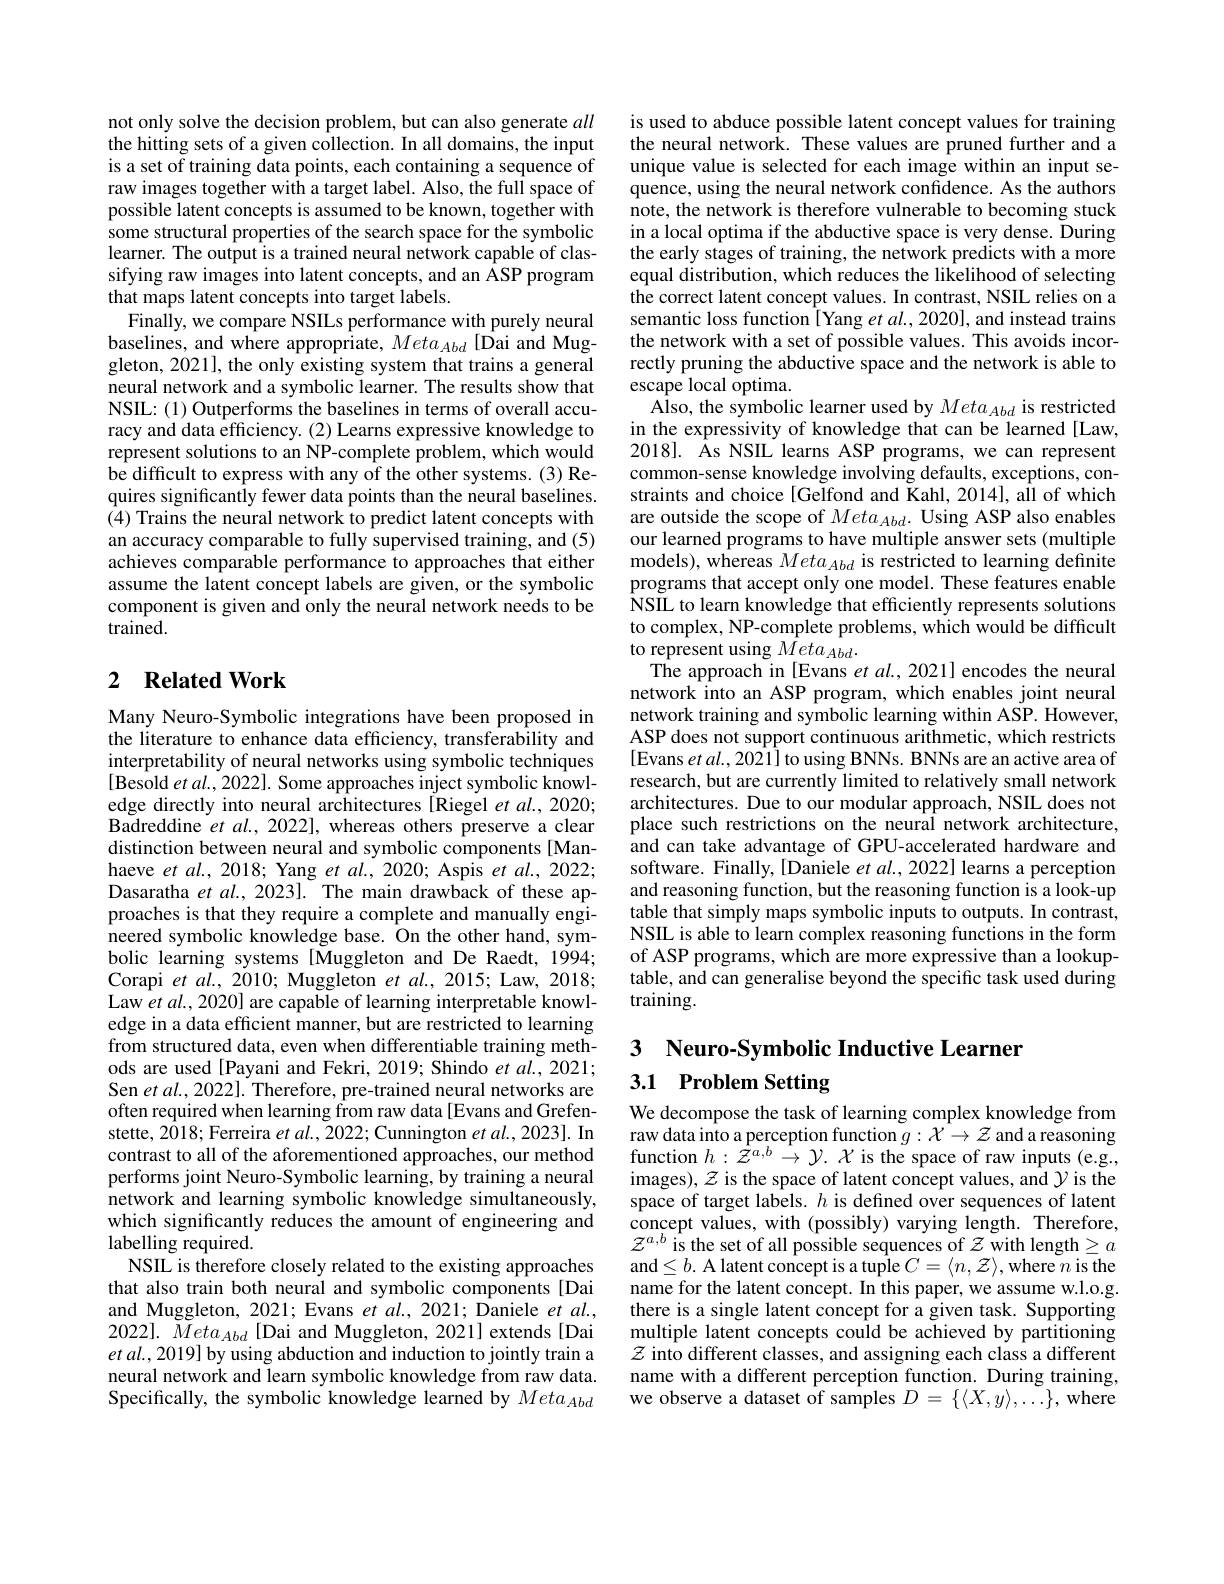
not only solve the decision problem, but can also generate all the hitting sets of a given collection. In all domains, the input is a set of training data points, each containing a sequence of raw images together with a target label. Also, the full space of possible latent concepts is assumed to be known, together with some structural properties of the search space for the symbolic learner. The output is a trained neural network capable of classifying raw images into latent concepts, and an ASP program that maps latent concepts into target labels.
Finally, we compare NSILs performance with purely neural baselines, and where appropriate, $Meta_{Abd}$ [Dai and Muggleton, 2021], the only existing system that trains a general neural network and a symbolic learner. The results show that NSIL: (1) Outperforms the baselines in terms of overall accuracy and data efficiency. (2) Learns expressive knowledge to represent solutions to an NP-complete problem, which would be difficult to express with any of the other systems. (3) Requires significantly fewer data points than the neural baselines. (4) Trains the neural network to predict latent concepts with an accuracy comparable to fully supervised training, and (5) achieves comparable performance to approaches that either assume the latent concept labels are given, or the symbolic component is given and only the neural network needs to be $trained.$

## 2 $\textbf{Related Work}$

Many Neuro-Symbolic integrations have been proposed in the literature to enhance data efficiency, transferability and interpretability of neural networks using symbolic techniques [Besold $etal.,2022].$ Some approaches inject symbolic knowledge directly into neural architectures [Riegel et al., 2020; ${\mathrm{Badreddine~}et~al.,~2022],~\mathrm{whereas~others~preserve~a~clear}}$ distinction between neural and symbolic components [Manhaeve $etal.,2018;$ Yang et $al.,2020;$ Aspis $etal.,2022;$ Dasaratha et $al.,2023].$ The main drawback of these approaches is that they require a complete and manually engineered symbolic knowledge base. On the other hand, symbolic learning systems[Muggleton and De Raedt, 1994; Corapi $et$ al., 2010; Muggleton et al., 2015; Law, 2018; Law et al., 2020] are capable of learning interpretable knowledge in a data efficient manner, but are restricted to learning from structured data, even when differentiable training methods are used [Payani and Fekri, 2019; Shindo et al., 2021; Sen $etal.,2022].$ Therefore, pre-trained neural networks are often required when learning from raw data[Evans and Grefenstette, 2018; Ferreira $et\textit{al. , 2022; Cunnington et al. , 2023}] .$ In contrast to all of the aforementioned approaches, our method performs joint Neuro-Symbolic learning, by training a neural network and learning symbolic knowledge simultaneously, which significantly reduces the amount of engineering and labelling required.
NSIL is therefore closely related to the existing approaches that also train both neural and symbolic components [Dai and Muggleton, 2021; Evans et al., 2021; Daniele et al., 2022]. $\tilde{M}eta_{Abd}$ [Dai and Muggleton, 2021] extends[Dai $etal.,2019]$ by using abduction and induction to jointly train a neural network and learn symbolic knowledge from raw data. Specifically, the symbolic knowledge learned by $Meta_{Abd}$

is used to abduce possible latent concept values for training the neural network. These values are pruned further and a unique value is selected for each image within an input sequence, using the neural network confidence. As the authors note, the network is therefore vulnerable to becoming stuck in a local optima if the abductive space is very dense. During the early stages of training, the network predicts with a more equal distribution, which reduces the likelihood of selecting the correct latent concept values. In contrast, NSIL relies on a semantic loss function [Yang $et\textit{al. , 2020}] $, and instead trains the network with a set of possible values. This avoids incorrectly pruning the abductive space and the network is able to escape local optima.
Also, the symbolic learner used by $Meta_{Abd}$ is restricted in the expressivity of knowledge that can be learned [Law, 2018]. As NSIL learns ASP programs, we can represent common-sense knowledge involving defaults, exceptions, constraints and choice [Gelfond and Kahl, 2014], all of which are outside the scope of $Meta_{Abd}.$ Using ASP also enables our learned programs to have multiple answer sets (multiple models), whereas $Meta_{Abd}$ is restricted to learning definite programs that accept only one model. These features enable NSIL to learn knowledge that efficiently represents solutions to complex, NP-complete problems, which would be difficult to represent using $Meta_{Abd}.$
The approach in [Evans et al., 2021] encodes the neural network into an ASP program, which enables joint neural network training and symbolic learning within ASP. However, ASP does not support continuous arithmetic, which restricts [Evans et al., 2021] to using BNNs. BNNs are an active area of research, but are currently limited to relatively small network architectures. Due to our modular approach, NSIL does not place such restrictions on the neural network architecture, and can take advantage of GPU-accelerated hardware and software. Finally, [Daniele $et$ al., 2022] learns a perception and reasoning function, but the reasoning function is a look-up table that simply maps symbolic inputs to outputs. In contrast, NSIL is able to learn complex reasoning functions in the form of ASP programs, which are more expressive than a lookuptable, and can generalise beyond the specific task used during training.

3 Neuro-Symbolic Inductive Learnen
# 3.1 Problem Setting

We decompose the task of learning complex knowledge from raw data into a perception function $g:\mathcal{X}\to\mathcal{Z}$ and a reasoning function $h:\mathcal{Z}^{a,b}\to\mathcal{Y}.\mathcal{X}$ is the space of raw inputs (e.g., images), $\mathcal{Z}$ is the space of latent concept values, and $\mathcal{Y}$ is the space of target labels. $h$ is defined over sequences of latent concept values, with (possibly) varying length. Therefore, $\mathcal{Z}^{a,b}$ is the set of all possible sequences of $z$ with length$\geq a$ and$\leq b.$ A latent concept is a tuple $C=\langle n,\mathcal{Z}\rangle$,where $n$ is the name for the latent concept. In this paper, we assume w.l.o.g. there is a single latent concept for a given task. Supporting multiple latent concepts could be achieved by partitioning $\mathcal{Z}$ into different classes, and assigning each class a different name with a different perception function. During training, we observe a dataset of samples $D=\{\langle X,y\rangle,\ldots\}$, where